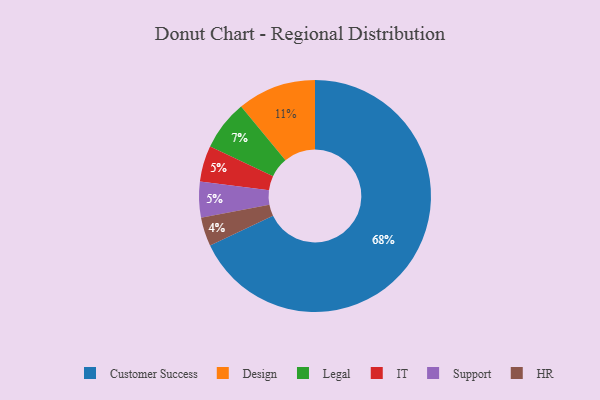
{"axis": {"x": "Category", "y": "Percentage"}, "legend": ["Customer Success", "Design", "HR", "IT", "Legal", "Support"], "data": [{"x": "HR", "y": 4, "type": "HR"}, {"x": "Design", "y": 11, "type": "Design"}, {"x": "IT", "y": 5, "type": "IT"}, {"x": "Support", "y": 5, "type": "Support"}, {"x": "Legal", "y": 7, "type": "Legal"}, {"x": "Customer Success", "y": 68, "type": "Customer Success"}]}